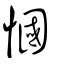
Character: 慖